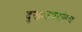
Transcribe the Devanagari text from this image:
दुखःउपरांतच